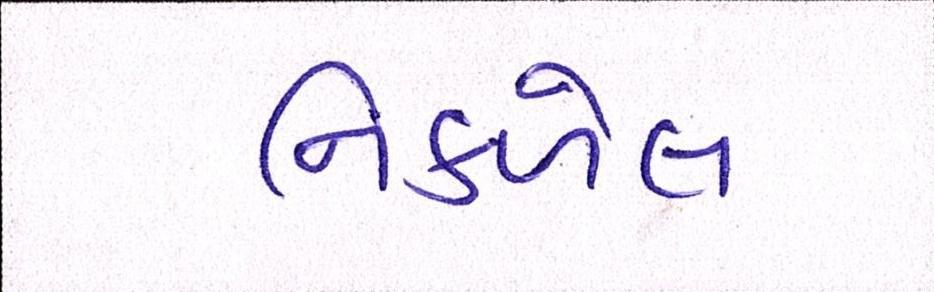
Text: નિકળેલ